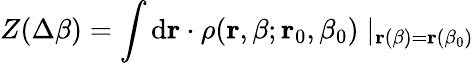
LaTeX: Z(\Delta\beta)=\int\mathrm{d}{\mathbf{r}}\cdot\rho({\mathbf{r}},\beta;{\mathbf{r}}_{0},\beta_{0})\mid_{{\mathbf{r}}(\beta)={\mathbf{r}}(\beta_{0})}